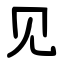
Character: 见